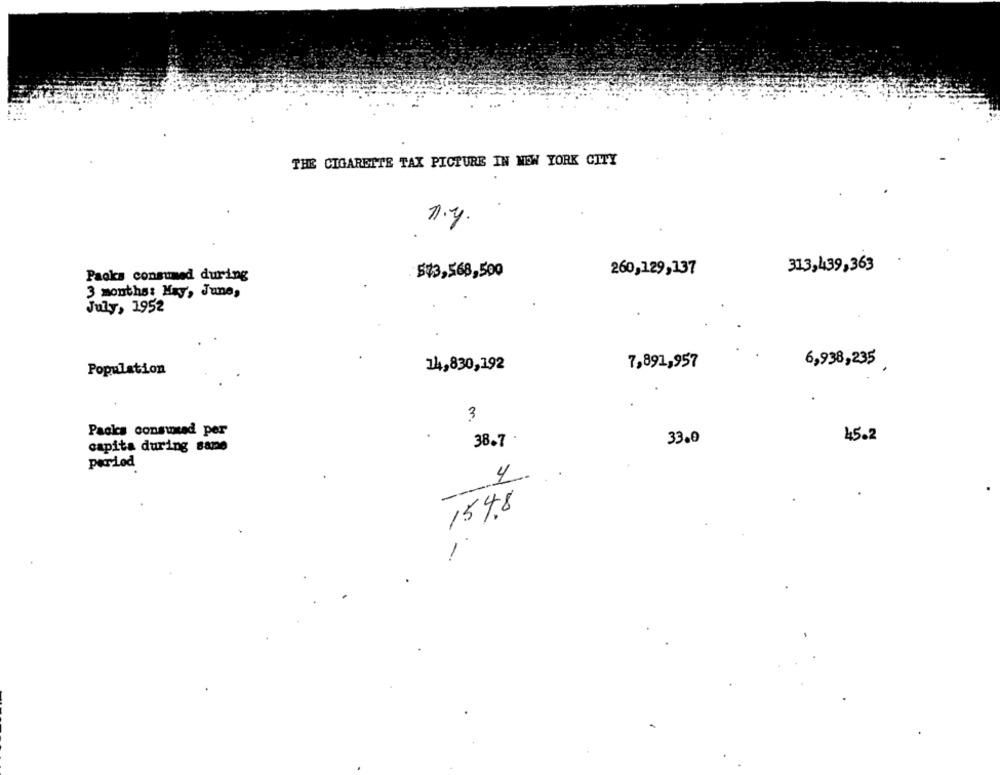
THE CIGARETTE TAX PICTURE IN NEW YORK CITY
n.y.
260,129,137
313,439,363
Paoks consumed during
$$3,568,500
3 months: May, June,
July, 1952
7,891,957
Population
14,830,192
6,938,235 ,
3
Packs conswad per
38.7
33.0
45.2
capita during sane
period
1
---
1548
-